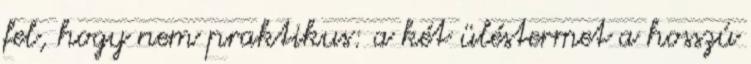
fel, hogy nem praktikus: a két üléstermet a hosszú